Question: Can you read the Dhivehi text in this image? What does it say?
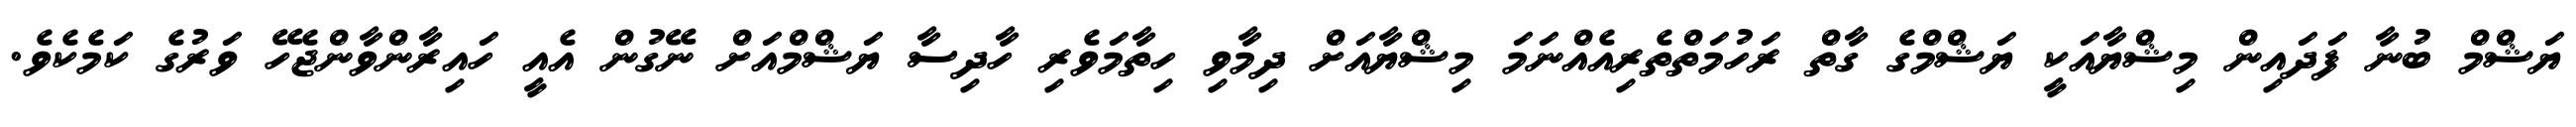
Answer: ޔަޝްމް ބުނާ ފަދައިން މިޝްޔާއަކީ ޔަޝްމްގެ ގާތް ރަހުމަތްތެރިއެއްނަމަ މިޝްޔާއަށް ދިމާވި ހިތާމަވެރި ހާދިސާ ޔަޝްމްއަށް ނޭގުން އެއީ ހައިރާންވާންޖެހޭ ވަރުގެ ކަމެކެވެ.